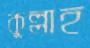
কুল্লাহ